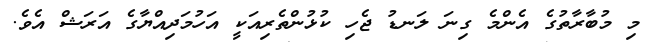
މި މުބާރާތުގެ އެންމެ ގިނަ ލަނޑު ޖެހި ކުޅުންތެރިއަކީ އަހުމަދިއްޔާގެ އަރަޝް އެވެ.